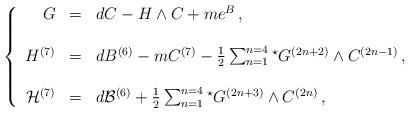
LaTeX: \begin{align*}\left\{\begin{array}{rcl}G & = & dC -H\wedge C +m e^{B}\, ,\\& & \\H^{(7)} & = & dB^{(6)} -m C^{(7)} -\frac{1}{2} \sum_{n=1}^{n=4} {}^{\star} G^{(2n+2)}\wedge C^{(2n-1)}\, ,\\& & \\{\cal H}^{(7)} & = & d{\cal B}^{(6)} +\frac{1}{2} \sum_{n=1}^{n=4} {}^{\star} G^{(2n+3)}\wedge C^{(2n)}\, ,\\\end{array}\right.\end{align*}